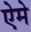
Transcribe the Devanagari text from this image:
ऐमे